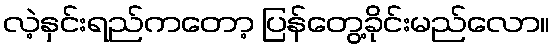
လဲ့နှင်းရည်ကတော့ ပြန်တွေ့ခိုင်းမည်လော။